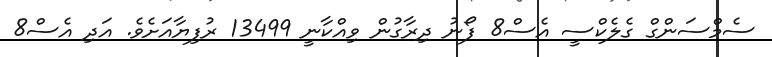
ސެމްސަންގް ގެލެކްސީ އެސް8 ފޯނު ދިރާގުން ވިއްކާނީ 13499 ރުފިޔާއަށެވެ. އަދި އެސް8